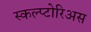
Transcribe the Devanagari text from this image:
स्कल्प्टोरिअस